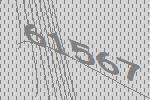
61567